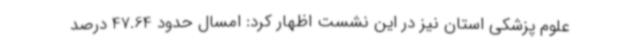
علوم پزشکی استان نیز در این نشست اظهار کرد: امسال حدود 47.64 درصد